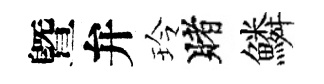
曁弁玲賭鱗